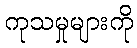
ကုသမှုများကို